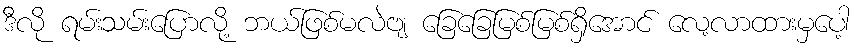
ဒီလို ရမ်းသမ်းပြောလို့ ဘယ်ဖြစ်မလဲဗျ ခြေခြေမြစ်မြစ်ရှိအောင် လေ့လာထားမှပေါ့